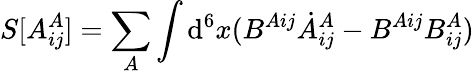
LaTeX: S[A_{ij}^{A}]=\sum_{A}\int\mathrm{d}^{6}x(B^{Aij}\dot{{A}}_{ij}^{A}-B^{Aij}B_{ij}^{A})